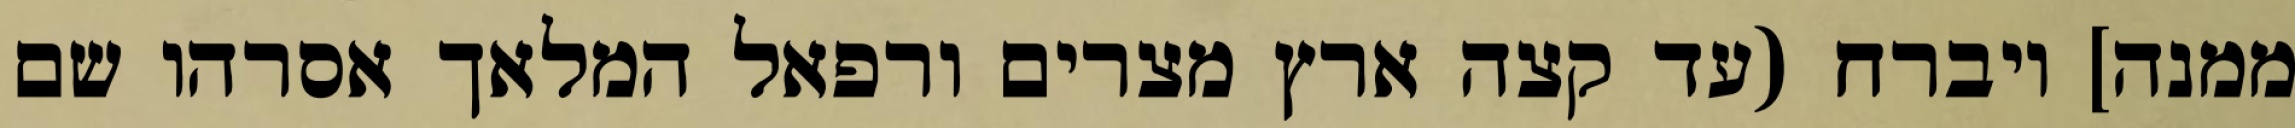
ממנה] ויברח (עד קצה ארץ מצרים ורפאל המלאך אסרהו שם